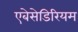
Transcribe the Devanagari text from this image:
एबेसेडिरियम